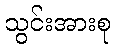
သွင်းအားစု